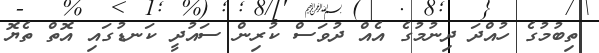
ތިބުމުގެ ހުއްދަ ދިނުމުގެ އެއް ދުވަސް ކުރިން ސައުދީ ކަނޑުގައި އޮތް ތެޔޮ